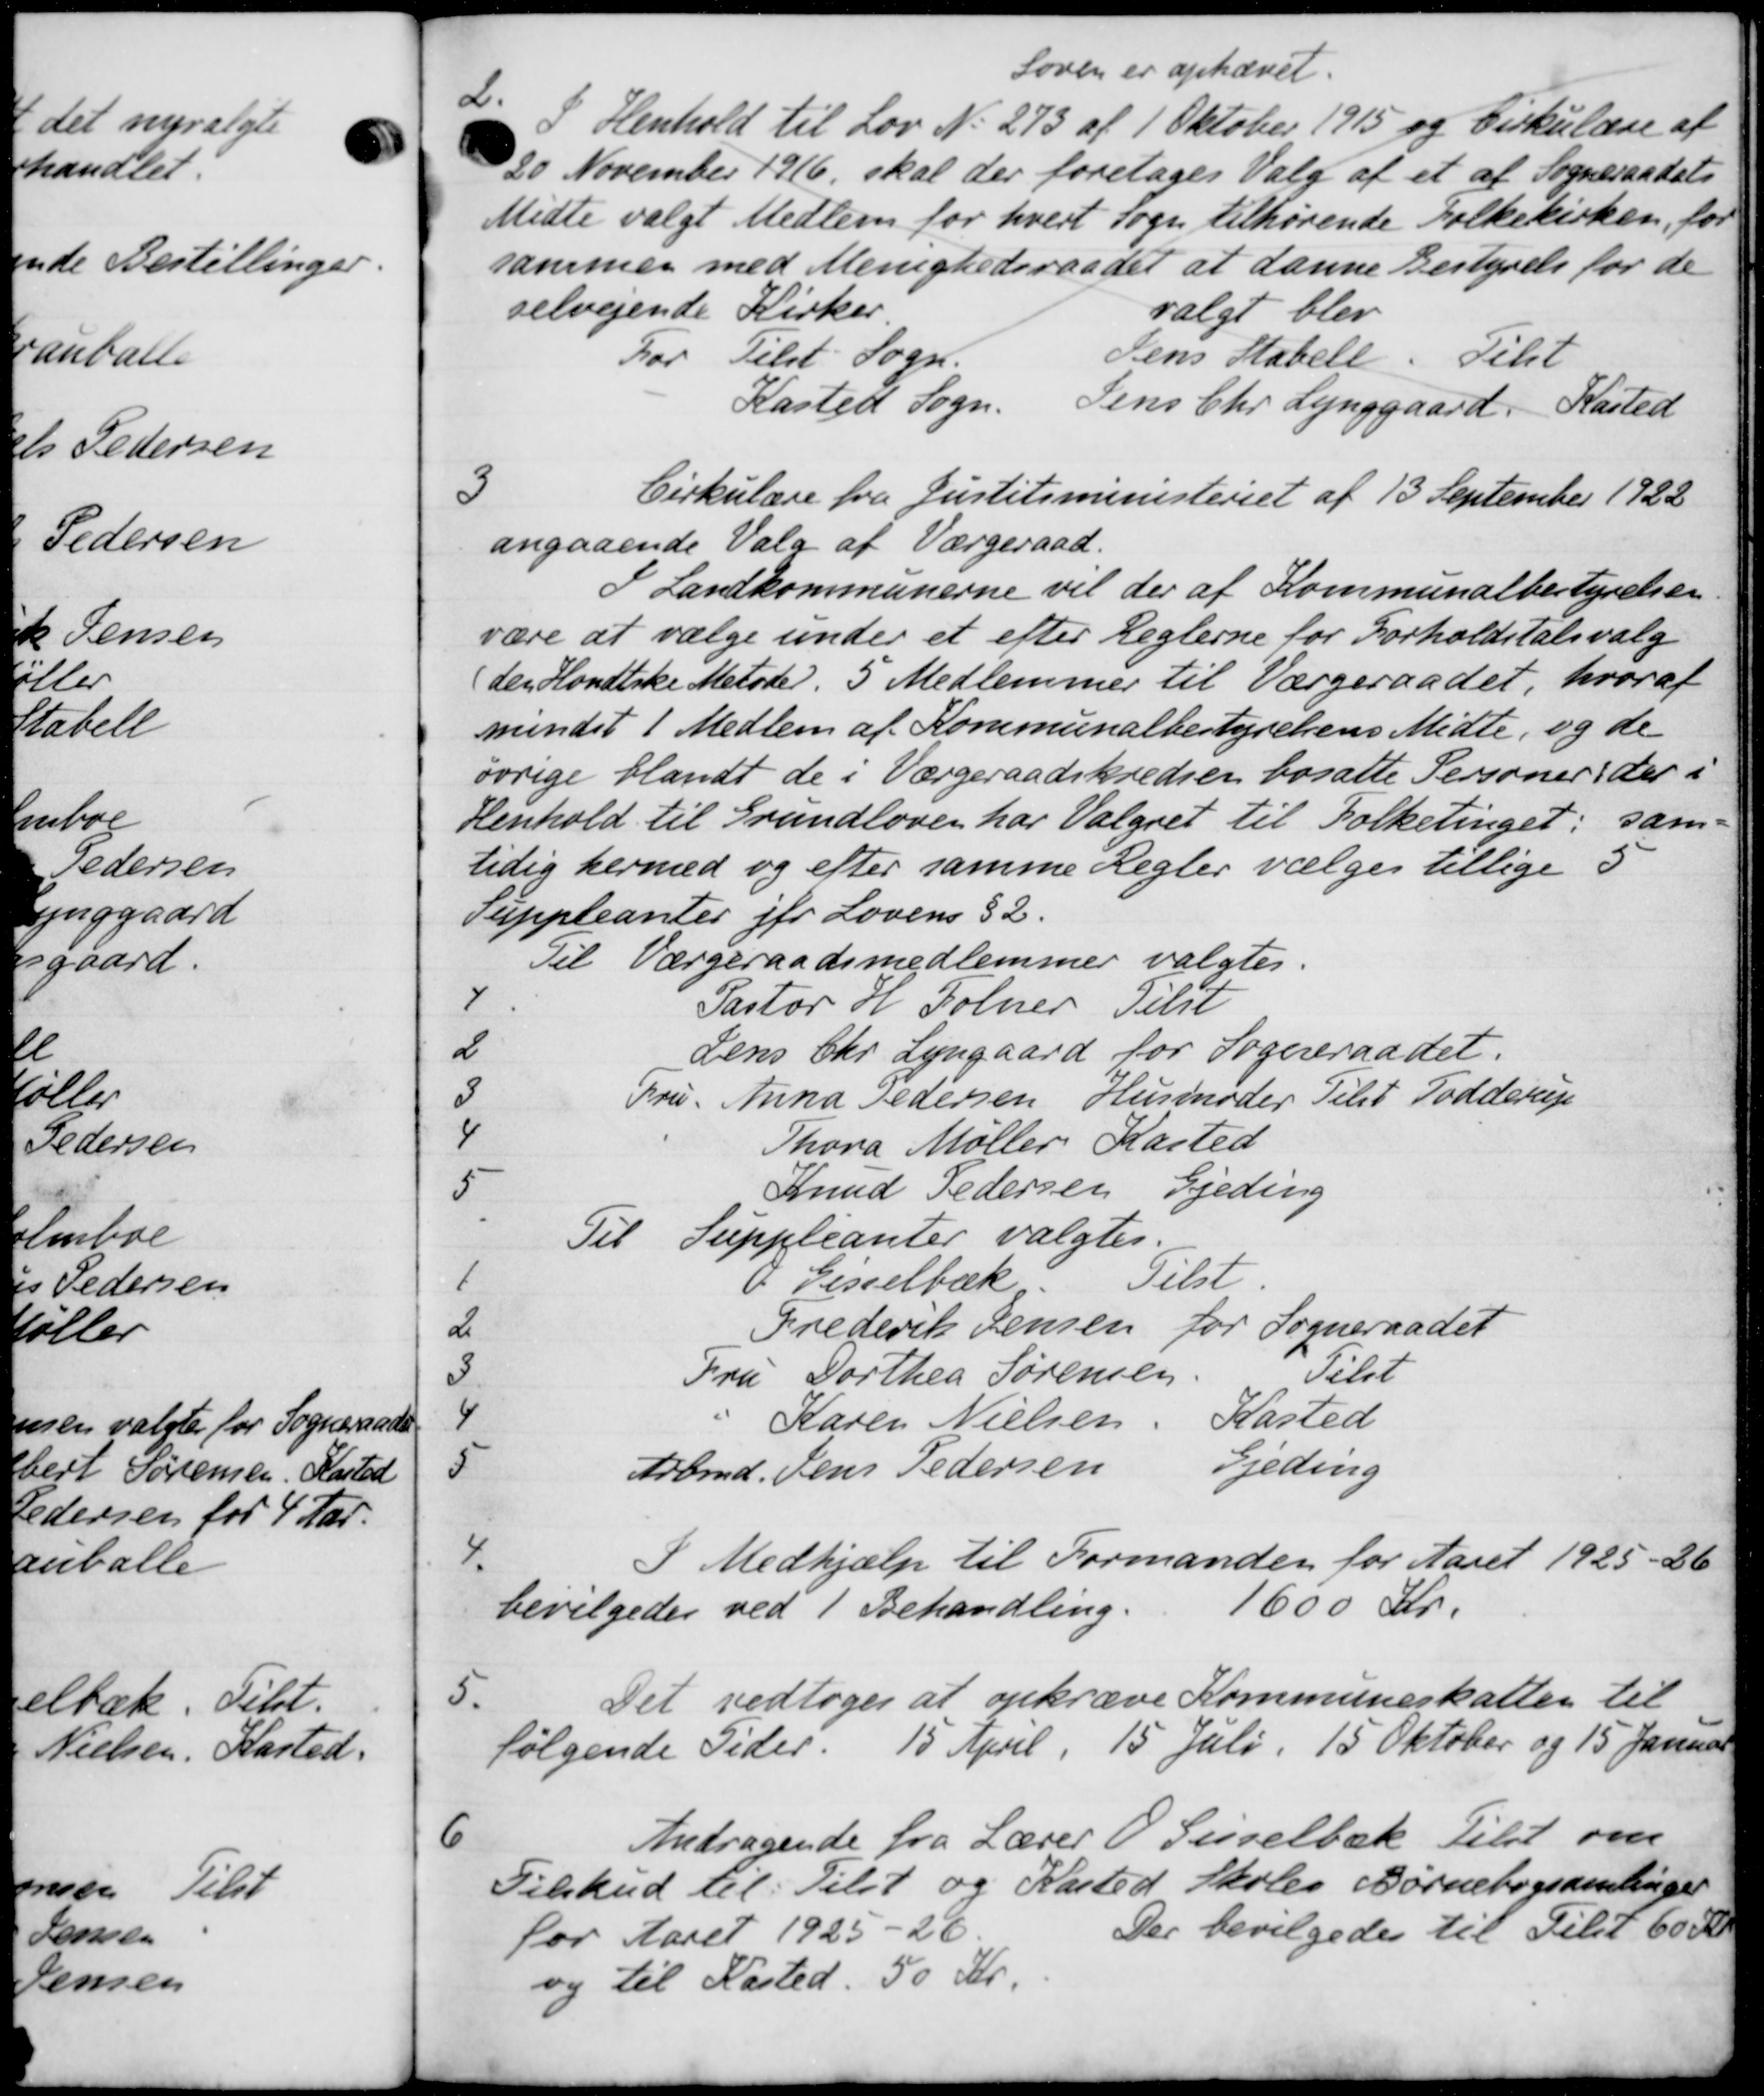
Transskription:
Soven er ophævet.
2.
I Henhold til Lov No. 273 af 1 Oktober 1915 og Cirkulære af
20 November 1916, skal der foretages Valg af et af Sogneraadets
Midte valgt Medlem for hvert sogn tilhørende Folkekirken, for
sammen med Menighedsraadet at danne Bestyrelse for de
selvejende Kirker.
valgt blev
For Tilst Sogn.
Jens Stabell. Tilst
Kasted Sogn.
Jens Chr. Lynggaard, Kasted

Cirkulære fra Justitsministeriet af 13 September 1922
angaaende Valg af Værgeraad.
I Landkommunerne vil der af Kommunalbestyrelsen
være at vælge under et efter Reglerne for Forholdstalsvalg
den Hondtske Metoder. 5 Medlemmer til Værgeraadet, hvoraf
mindet 1 Medlem af Kommunalbestyrelsens Midte, og de
øvrige blandt de i Værgeraadskredsen bosatte Personer, der i
Henhold til Grundloven har Valgret til Folketinget; sam-
tidig hermed og efter samme Regler vælges tillige 5
Suppleanter jfr Lovens § 2.
Til Værgeraadsmedlemmer valgtes.
7 Pastor H. Folner Tilst
2 Jens Chr. Lyngaard for Sogneraadet.
3 Fru Anna Pedersen Husmoder Tilst Todderup
4 Thora Møller, Kasted
5 Knud Pedersen Gjeding
Til Suppleanter valgtes.
1 I Gisselbæk Tilst.
2 Frederik Jensen for Sogneraadet
3 Fru Dorthea Sørensen Tilst
4 Karen Nielsen. Kasted
5 Arbmd. Jens Pedersen Gjeding
4. I Medhjælp til Formanden for Aaret 1925-26
bevilgedes ved 1 Behandling. 1600 Kr.
5.
Det vedtoges at opkræve Kommuneskatten til
følgende Tider. 15 April 15 Juli. 15 Oktober og 15 Januar
6
Andragende fra Lærer O Gisselbæk Tilst om
Tilskud til Tilst og Kasted Skoles Børnebogsamlinger
for Aaret 1925-26
Der bevilgedes til Tilst 60 Kr
og til Kasted. 50 Kr.